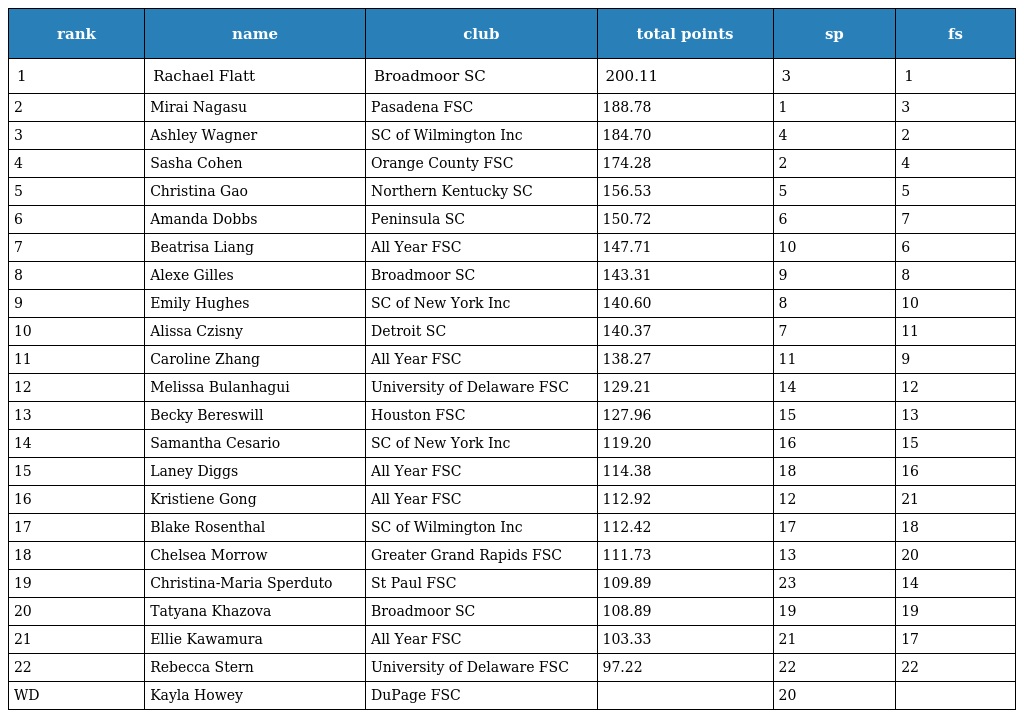
| rank | name | club | total points | sp | fs |
 | --- | --- | --- | --- | --- | --- |
 | 1 | Rachael Flatt | Broadmoor SC | 200.11 | 3 | 1 |
 | 2 | Mirai Nagasu | Pasadena FSC | 188.78 | 1 | 3 |
 | 3 | Ashley Wagner | SC of Wilmington Inc | 184.70 | 4 | 2 |
 | 4 | Sasha Cohen | Orange County FSC | 174.28 | 2 | 4 |
 | 5 | Christina Gao | Northern Kentucky SC | 156.53 | 5 | 5 |
 | 6 | Amanda Dobbs | Peninsula SC | 150.72 | 6 | 7 |
 | 7 | Beatrisa Liang | All Year FSC | 147.71 | 10 | 6 |
 | 8 | Alexe Gilles | Broadmoor SC | 143.31 | 9 | 8 |
 | 9 | Emily Hughes | SC of New York Inc | 140.60 | 8 | 10 |
 | 10 | Alissa Czisny | Detroit SC | 140.37 | 7 | 11 |
 | 11 | Caroline Zhang | All Year FSC | 138.27 | 11 | 9 |
 | 12 | Melissa Bulanhagui | University of Delaware FSC | 129.21 | 14 | 12 |
 | 13 | Becky Bereswill | Houston FSC | 127.96 | 15 | 13 |
 | 14 | Samantha Cesario | SC of New York Inc | 119.20 | 16 | 15 |
 | 15 | Laney Diggs | All Year FSC | 114.38 | 18 | 16 |
 | 16 | Kristiene Gong | All Year FSC | 112.92 | 12 | 21 |
 | 17 | Blake Rosenthal | SC of Wilmington Inc | 112.42 | 17 | 18 |
 | 18 | Chelsea Morrow | Greater Grand Rapids FSC | 111.73 | 13 | 20 |
 | 19 | Christina-Maria Sperduto | St Paul FSC | 109.89 | 23 | 14 |
 | 20 | Tatyana Khazova | Broadmoor SC | 108.89 | 19 | 19 |
 | 21 | Ellie Kawamura | All Year FSC | 103.33 | 21 | 17 |
 | 22 | Rebecca Stern | University of Delaware FSC | 97.22 | 22 | 22 |
 | WD | Kayla Howey | DuPage FSC |  | 20 |  |